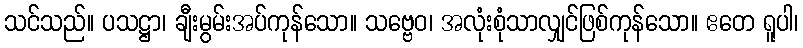
သင်သည်။ ပသဋ္ဌာ၊ ချီးမွမ်းအပ်ကုန်သော။ သဗ္ဗေဝ၊ အလုံးစုံသာလျှင်ဖြစ်ကုန်သော။ ဧတေ ရူပါ၊